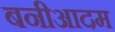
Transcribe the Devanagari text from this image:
बनीआदम